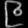
Digit: ၉